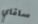
ساقاي